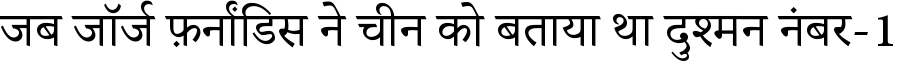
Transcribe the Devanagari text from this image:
जब जॉर्ज फ़र्नांडिस ने चीन को बताया था दुश्मन नंबर-1